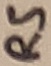
Text: RS